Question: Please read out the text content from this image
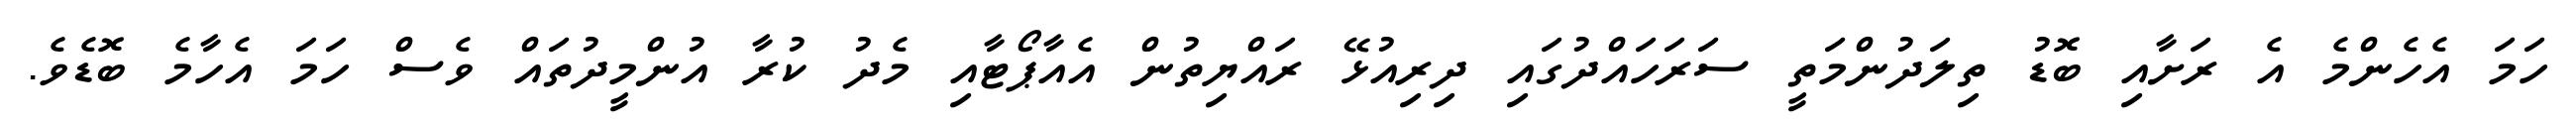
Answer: ހަމަ އެހެންމެ އެ ރަށާއި ބޮޑު ތިލަދުންމަތީ ސަރަހައްދުގައި ދިރިއުޅޭ ރައްޔިތުން އެއާޕޯޓާއި މެދު ކުރާ އުންމީދުތައް ވެސް ހަމަ އެހާމެ ބޮޑެވެ.